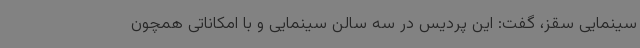
سینمایی سقز، گفت: این پردیس در سه سالن سینمایی و با امکاناتی همچون